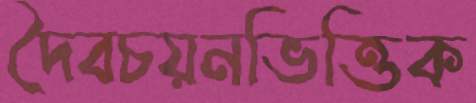
দৈবচয়নভিত্তিক